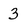
Character: 3